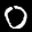
Label: 0